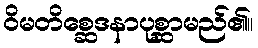
ဝိမတိစ္ဆေဒနာပုစ္ဆာမည်၏။